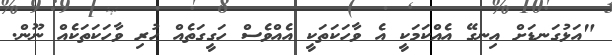
"އަޅުގަނޑަށް އިނގޭ އެއްކަމަކީ އެ ވާހަކަތަކީ އެއްވެސް ހަގީގަތެއް ހުރި ވާހަކަތަކެއް ނޫން.